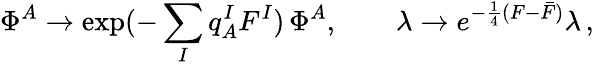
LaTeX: \Phi^{A}\to\exp(-\sum_{I}q_{A}^{I}F^{I})\, \Phi^{A},~~~~~~~~\lambda\rightarrow e^{-\frac{1}{4}(F-\bar{F})}\lambda\, ,